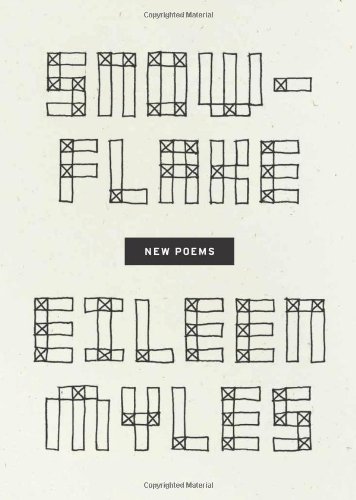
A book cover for Snowflake / different streets; Eileen Myles; Gay & Lesbian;